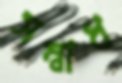
সম্বাধ